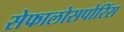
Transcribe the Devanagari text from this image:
सेफालोसपोरिंस